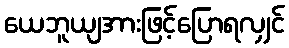
ယေဘူယျအားဖြင့်ပြောရလျှင်